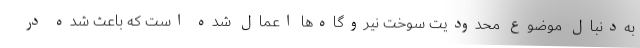
به‌دنبال موضوع محدودیت سوخت نیروگاه‌ها اعمال شده است که باعث شده در